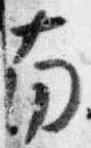
南